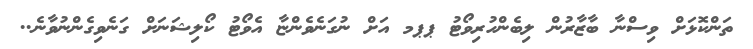
ތަންކޮޅަށް ވިސްނާ ބާޒާރުން ލިބެންހުރިވޯޓު ޕޕމ އަށް ނުގަނެވެންޏާ އެވޯޓު ކޯލިޝަނަށް ގަނެވިގެންނުވާނެ..